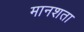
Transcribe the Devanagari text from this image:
मानशता